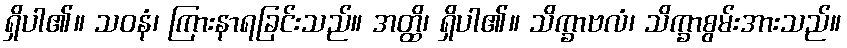
ရှိပါ၏။ သဝနံ၊ ကြားနာရခြင်းသည်။ အတ္ထိ၊ ရှိပါ၏။ သိက္ခာဗလံ၊ သိက္ခာစွမ်းအားသည်။